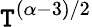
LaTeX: \mathtt{T}^{(\alpha-3)/2}